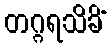
တဂ္ဂရသိခိံ